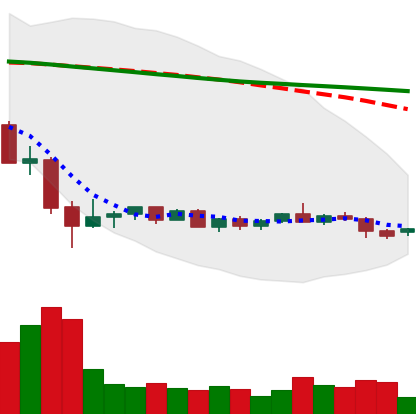
Ticker: EOS-USD
Chart end date: 2022-05-28
Forward return: 3.029%
Label: up_3_5